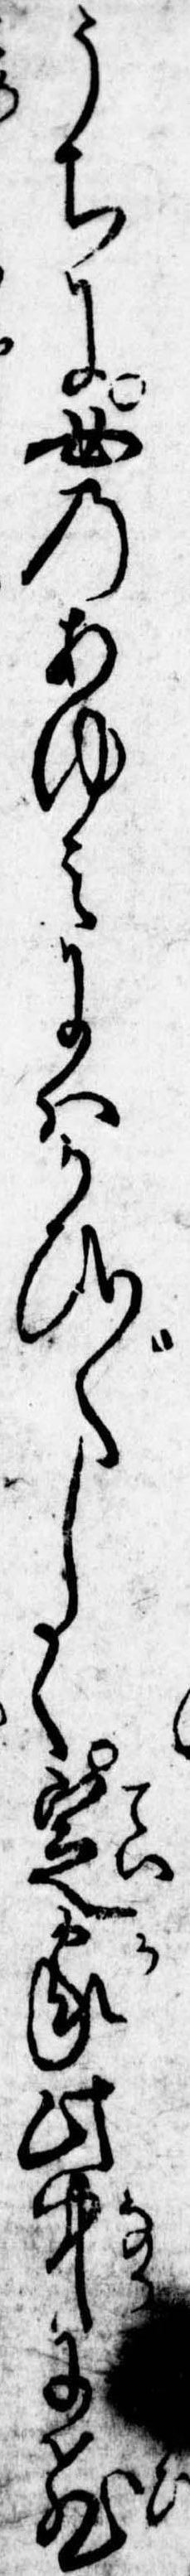
うちに女のあゆみにはかひ〲しく定家此中に飛